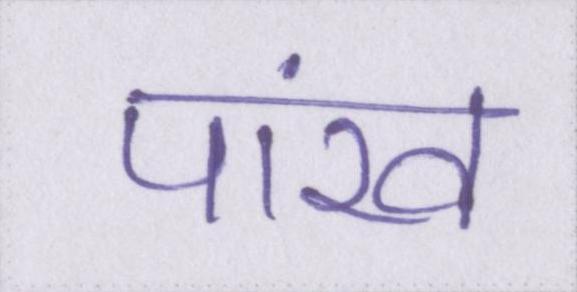
पांख